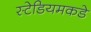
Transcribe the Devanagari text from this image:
स्टेडियमकडे